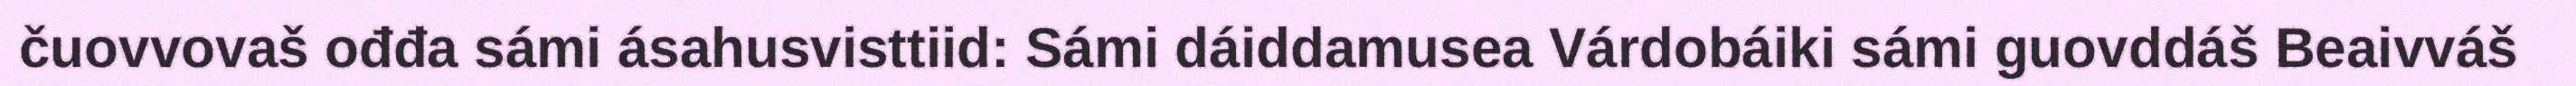
čuovvovaš ođđa sámi ásahusvisttiid: Sámi dáiddamusea Várdobáiki sámi guovddáš Beaivváš